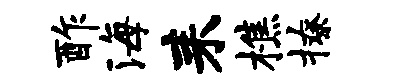
酢海耒樵撩